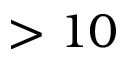
> 1 0